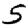
Digit: 5